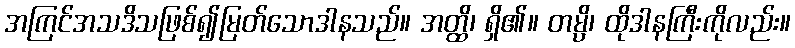
အကြင်အသဒိသဖြစ်၍မြတ်သောဒါနသည်။ အတ္ထိ၊ ရှိ၏။ တမ္ပိ၊ ထိုဒါနကြီးကိုလည်း။